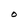
Character: O